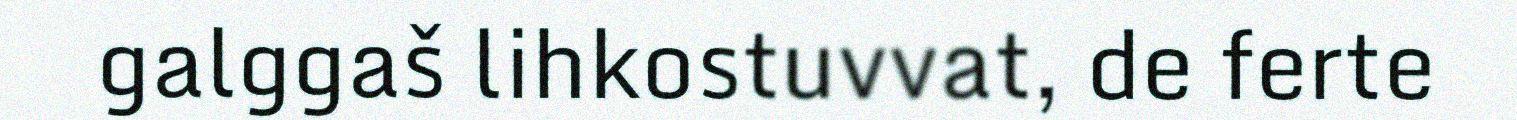
galggaš lihkostuvvat, de ferte